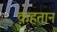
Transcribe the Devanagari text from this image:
क़हतान